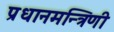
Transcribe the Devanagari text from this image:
प्रधानमन्त्रिणी